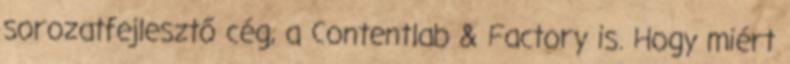
sorozatfejlesztő cég, a Contentlab & Factory is. Hogy miért